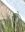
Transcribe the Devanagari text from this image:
सफे